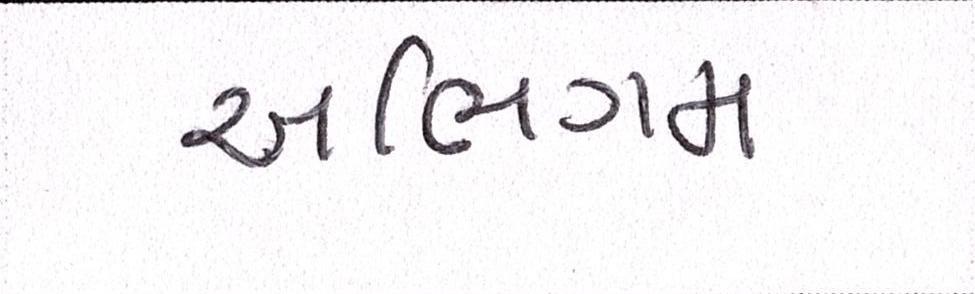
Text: અભિગમ